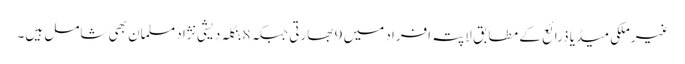
غیرملکی میڈیا ذرائع کے مطابق لاپتہ افراد میں 9 بھارتی جبکہ 8 بنگلہ دیشی نژاد مسلمان بھی شامل ہیں۔